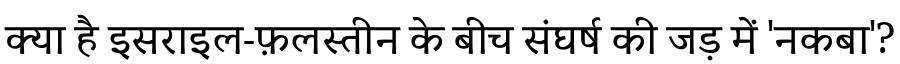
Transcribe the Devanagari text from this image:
क्या है इसराइल-फ़लस्तीन के बीच संघर्ष की जड़ में 'नकबा'?